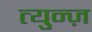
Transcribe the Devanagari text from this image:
त्युन्ज़